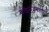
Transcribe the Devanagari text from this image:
कॉइलेजमधली